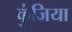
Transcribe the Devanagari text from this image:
कुंजिया